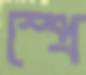
স্প্রে